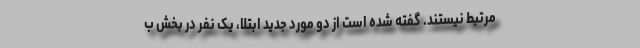
مرتبط نیستند. گفته شده است از دو مورد جدید ابتلا، یک نفر در بخش ب